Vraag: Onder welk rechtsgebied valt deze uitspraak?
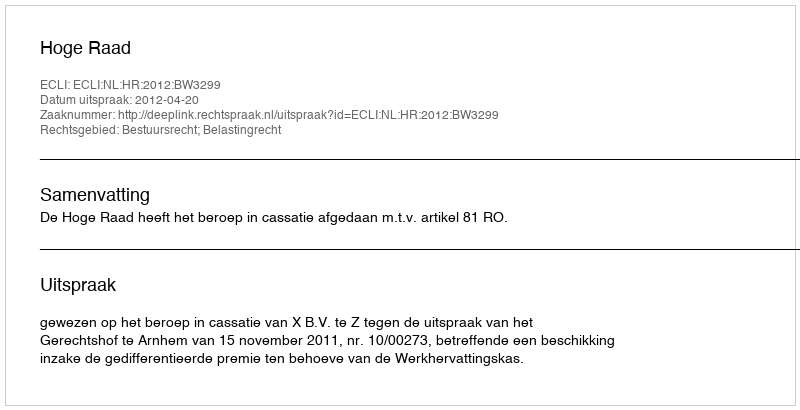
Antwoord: Bestuursrecht; Belastingrecht